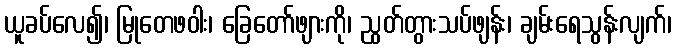
ယူခပ်လေ၍၊ မြုတေဖဝါး၊ ခြေတော်ဖျားကို၊ ညွတ်တွားသပ်ဖျန်း၊ ချမ်းရေသွန်းလျက်၊